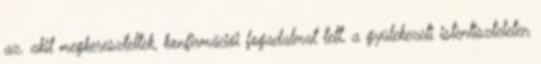
az. akit megkereszteltek, konfirmációi fogadalmat tett, a gyülekezeti istentiszteleten